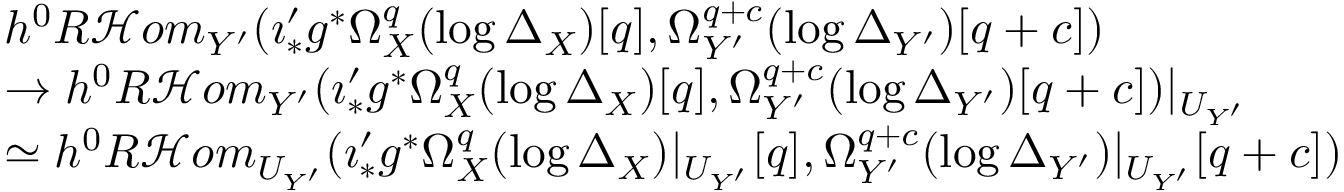
\begin{array} { r l } & { h ^ { 0 } R \mathcal { H } o m _ { Y ^ { \prime } } ( \imath _ { * } ^ { \prime } g ^ { * } \Omega _ { X } ^ { q } ( \log \Delta _ { X } ) [ q ] , \Omega _ { Y ^ { \prime } } ^ { q + c } ( \log \Delta _ { Y ^ { \prime } } ) [ q + c ] ) } \\ & { \to h ^ { 0 } R \mathcal { H } o m _ { Y ^ { \prime } } ( \imath _ { * } ^ { \prime } g ^ { * } \Omega _ { X } ^ { q } ( \log \Delta _ { X } ) [ q ] , \Omega _ { Y ^ { \prime } } ^ { q + c } ( \log \Delta _ { Y ^ { \prime } } ) [ q + c ] ) | _ { U _ { Y ^ { \prime } } } } \\ & { \simeq h ^ { 0 } R \mathcal { H } o m _ { U _ { Y ^ { \prime } } } ( \imath _ { * } ^ { \prime } g ^ { * } \Omega _ { X } ^ { q } ( \log \Delta _ { X } ) | _ { U _ { Y ^ { \prime } } } [ q ] , \Omega _ { Y ^ { \prime } } ^ { q + c } ( \log \Delta _ { Y ^ { \prime } } ) | _ { U _ { Y ^ { \prime } } } [ q + c ] ) } \end{array}